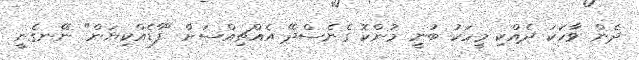
ދެން ވާހަކަ ދެއްކި މީހަކު ބުނީ މުންކޮ ގެނެސްދޭ އެއްޗިއްސަށް "ފާޑެއްކިޔަން" ނޭނގެނީ